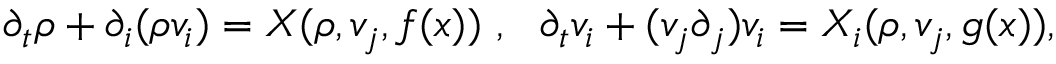
\partial _ { t } \rho + \partial _ { i } ( \rho v _ { i } ) = X ( \rho , v _ { j } , f ( x ) ) ~ , ~ ~ \partial _ { t } v _ { i } + ( v _ { j } \partial _ { j } ) v _ { i } = X _ { i } ( \rho , v _ { j } , g ( x ) ) ,